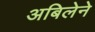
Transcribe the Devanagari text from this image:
अबिलेने